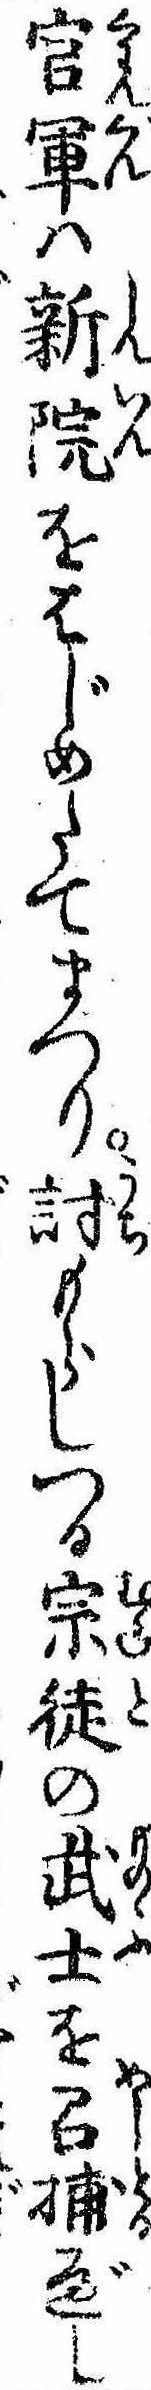
官軍は新院をはじめたてまつり討もらしつる宗徒の武士を召捕べし